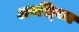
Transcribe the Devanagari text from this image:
अवस्‍थित